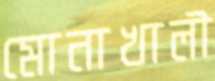
মোনাখালী